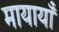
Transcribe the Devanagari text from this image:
मायायाँ